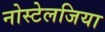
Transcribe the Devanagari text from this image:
नोस्‍टेलजिया